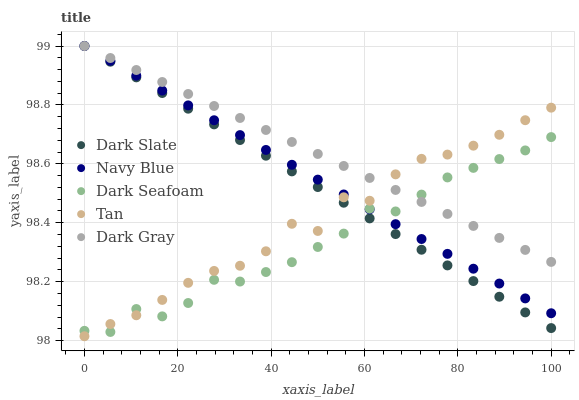
| xaxis_label | Dark Slate | Navy Blue | Dark Seafoam | Tan | Dark Gray |
 | --- | --- | --- | --- | --- | --- |
 | 0 | 99 | 99 | 98 | 98 | 99 |
 | 5.56 | 98.9 | 98.9 | 98 | 98.1 | 99 |
 | 11.1 | 98.9 | 98.9 | 98.1 | 98.1 | 98.9 |
 | 16.7 | 98.8 | 98.8 | 98.1 | 98.1 | 98.9 |
 | 22.2 | 98.8 | 98.8 | 98.1 | 98.2 | 98.8 |
 | 27.8 | 98.7 | 98.7 | 98.2 | 98.2 | 98.8 |
 | 33.3 | 98.7 | 98.7 | 98.2 | 98.3 | 98.8 |
 | 38.9 | 98.6 | 98.6 | 98.2 | 98.3 | 98.7 |
 | 44.4 | 98.6 | 98.6 | 98.3 | 98.4 | 98.7 |
 | 50 | 98.5 | 98.5 | 98.3 | 98.4 | 98.6 |
 | 55.6 | 98.5 | 98.5 | 98.4 | 98.5 | 98.6 |
 | 61.1 | 98.4 | 98.4 | 98.4 | 98.5 | 98.6 |
 | 66.7 | 98.4 | 98.4 | 98.4 | 98.6 | 98.5 |
 | 72.2 | 98.3 | 98.3 | 98.5 | 98.6 | 98.5 |
 | 77.8 | 98.3 | 98.3 | 98.6 | 98.6 | 98.4 |
 | 83.3 | 98.2 | 98.2 | 98.6 | 98.7 | 98.4 |
 | 88.9 | 98.1 | 98.2 | 98.6 | 98.7 | 98.3 |
 | 94.4 | 98.1 | 98.1 | 98.6 | 98.7 | 98.3 |
 | 100 | 98 | 98.1 | 98.7 | 98.8 | 98.3 |